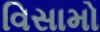
વિસામો